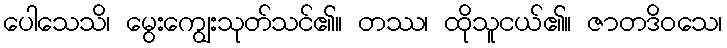
ပေါသေသိ၊ မွေးကျွေးသုတ်သင်၏။ တဿ၊ ထိုသူငယ်၏။ ဇာတဒိဝသေ၊